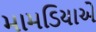
મામડિયાએ